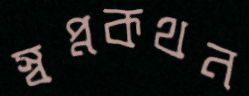
স্বপ্নকথন